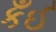
કઁઈ